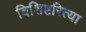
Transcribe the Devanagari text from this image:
विशिष्टरित्या